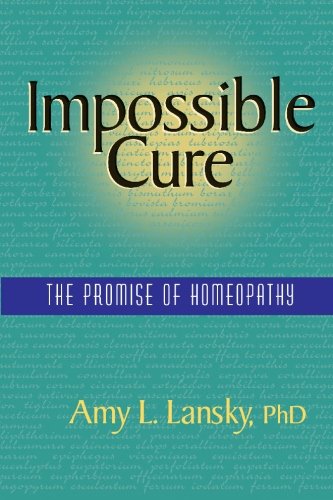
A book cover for Impossible Cure: The Promise of Homeopathy; Amy L. Lansky; Health, Fitness & Dieting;